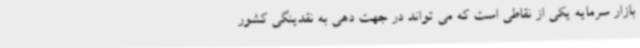
بازار سرمایه یکی از نقاطی است که می تواند در جهت دهی به نقدینگی کشور